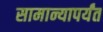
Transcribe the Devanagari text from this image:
सामान्यापर्यंत